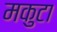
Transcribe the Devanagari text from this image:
मकुटा